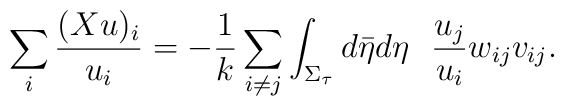
\sum_i \frac{(Xu)_i}{u_i} =-\frac{1}{k}\sum_{i\neq j}\int_{\Sigma_{\tau}}d\bar{\eta} d\eta~~\frac{u_j}{u_i}w_{ij}v_{ij}.